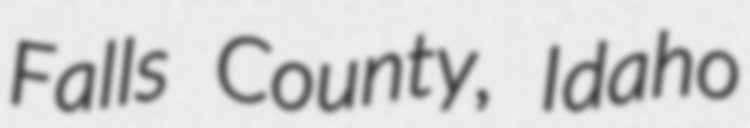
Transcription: Falls County, Idaho